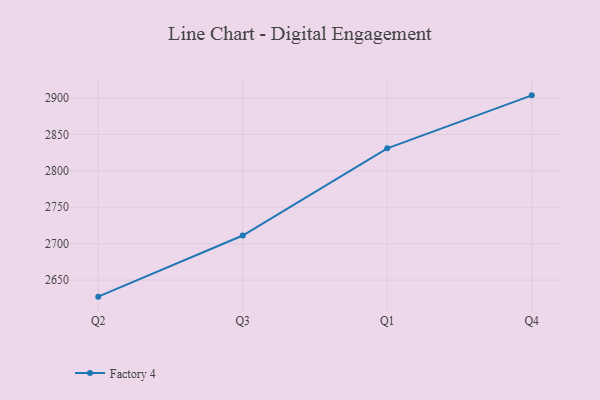
{"axis": {"x": "Quarter", "y": "Headcount"}, "legend": ["Factory 4"], "data": [{"x": "Q2", "y": 2627.3, "type": "Factory 4"}, {"x": "Q3", "y": 2711.2, "type": "Factory 4"}, {"x": "Q1", "y": 2830.9, "type": "Factory 4"}, {"x": "Q4", "y": 2903.6, "type": "Factory 4"}]}